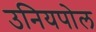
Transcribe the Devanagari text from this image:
उनियपोल